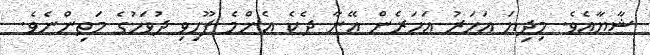
ޝާޔާއެވެ. މިދިޔަ އަހަރު އަހަރެން އޭނާ ދެކެ އެންމެ ފޫހިވި ދުވަހުގެ މަތިންނެވެ.